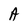
Character: A